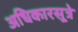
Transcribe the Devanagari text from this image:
अधिकारसूत्रे